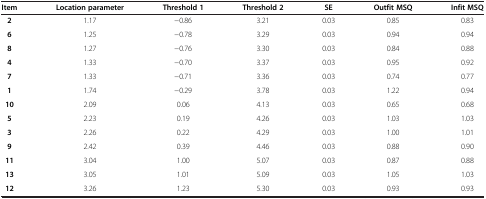
| Item | Location parameter | Threshold 1 | Threshold 2 | SE | Outfit MSQ | Infit MSQ |
 | --- | --- | --- | --- | --- | --- | --- |
 | 2 | 1.17 | −0.86 | 3.21 | 0.03 | 0.85 | 0.83 |
 | 6 | 1.25 | −0.78 | 3.29 | 0.03 | 0.94 | 0.94 |
 | 8 | 1.27 | −0.76 | 3.30 | 0.03 | 0.84 | 0.88 |
 | 4 | 1.33 | −0.70 | 3.37 | 0.03 | 0.95 | 0.92 |
 | 7 | 1.33 | −0.71 | 3.36 | 0.03 | 0.74 | 0.77 |
 | 1 | 1.74 | −0.29 | 3.78 | 0.03 | 1.22 | 0.94 |
 | 10 | 2.09 | 0.06 | 4.13 | 0.03 | 0.65 | 0.68 |
 | 5 | 2.23 | 0.19 | 4.26 | 0.03 | 1.03 | 1.03 |
 | 3 | 2.26 | 0.22 | 4.29 | 0.03 | 1.00 | 1.01 |
 | 9 | 2.42 | 0.39 | 4.46 | 0.03 | 0.88 | 0.90 |
 | 11 | 3.04 | 1.00 | 5.07 | 0.03 | 0.87 | 0.88 |
 | 13 | 3.05 | 1.01 | 5.09 | 0.03 | 1.05 | 1.03 |
 | 12 | 3.26 | 1.23 | 5.30 | 0.03 | 0.93 | 0.93 |